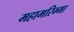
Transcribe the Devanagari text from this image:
महामरिम्मा